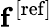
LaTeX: \mathbf{f}^{\mathrm{[ref]}}